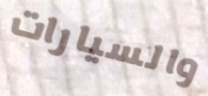
والسيارات